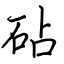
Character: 砧